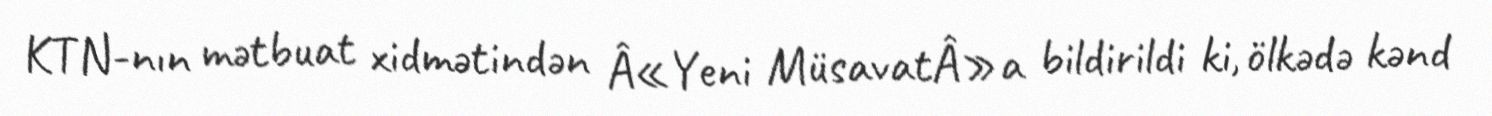
KTN-nın mətbuat xidmətindən Â«Yeni MüsavatÂ»a bildirildi ki, ölkədə kənd